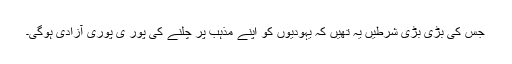
جس کی بڑی بڑی شرطیں یہ تھیں کہ یہودیوں کو اپنے مذہب پر چلنے کی پور ی پوری آزادی ہوگی۔